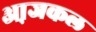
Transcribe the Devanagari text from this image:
आ़जकल